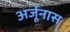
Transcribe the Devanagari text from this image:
अर्जूनास